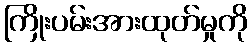
ကြိုးပမ်းအားထုတ်မှုကို